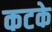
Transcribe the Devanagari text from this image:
कटके